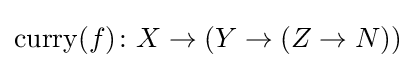
{\text{curry}}(f)\colon X\to (Y\to (Z\to N))